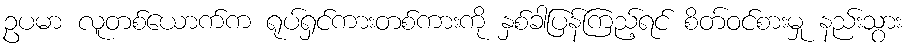
ဥပမာ လူတစ်ယောက်က ရုပ်ရှင်ကားတစ်ကားကို နှစ်ခါပြန်ကြည့်ရင် စိတ်ဝင်စားမှု နည်းသွား